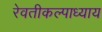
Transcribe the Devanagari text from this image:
रेवतीकल्पाध्याय